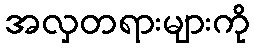
အလှတရားများကို